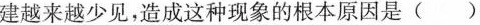
建越来越少见，造成这种现象的根本原因是()